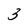
Character: 3